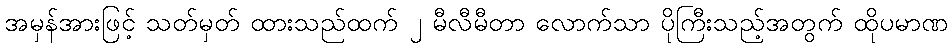
အမှန်အားဖြင့် သတ်မှတ် ထားသည်ထက် ၂ မီလီမီတာ လောက်သာ ပိုကြီးသည့်အတွက် ထိုပမာဏ